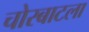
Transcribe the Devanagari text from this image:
चोरबाटला